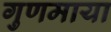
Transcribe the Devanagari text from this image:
गुणमाया